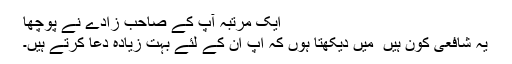
ایک مرتبہ آپ کے صاحب زادے نے پوچھا
یہ شافعی کون ہیں ٗ میں دیکھتا ہوں کہ اپ ان کے لئے بہت زیادہ دُعا کرتے ہیں۔